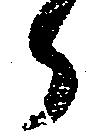
か